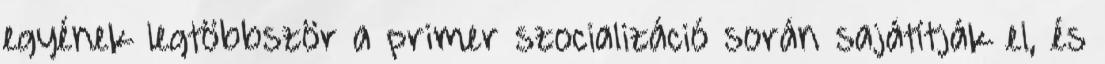
egyének legtöbbször a primer szocializáció során sajátítják el, és